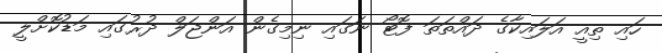
ހައި ތިއީ އަލައިކާގެ ދައްތަތަ ފޮޓޯ ނަގައި ނިމިގެން އަންޖަލް ދުރުގައި މަޑުކޮށްލީ